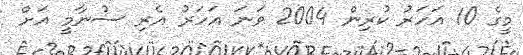
މީގެ 10 އަހަރު ކުރިން 2004 ވަނަ އަހަރު އެރި ސުނާމީ އަށް